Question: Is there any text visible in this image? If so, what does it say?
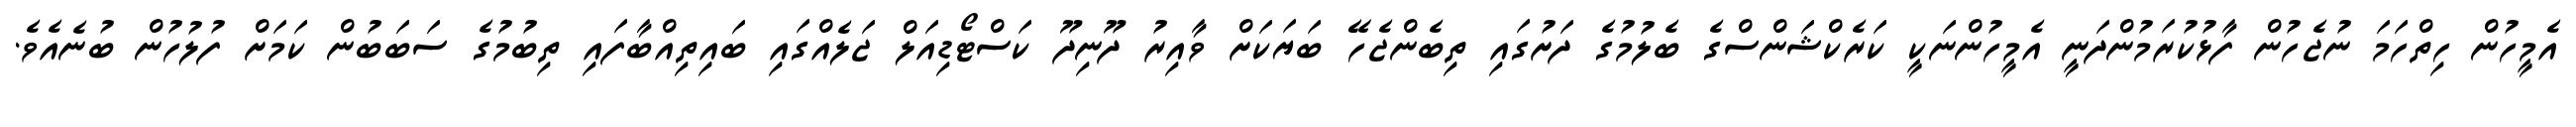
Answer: އެމީހުން ހިތްހަމަ ނުޖެހުން ފާޅުކުރަމުންދަނީ އެމީހުންނަކީ ކަރެކްޝަންސްގެ ބެލުމުގެ ދަށުގައި ތިބެންޖެހޭ ބަޔަކަށް ވާއިރު ދޫނިދޫ ކަސްޓޯޑިއަލް ޖަލެއްގައި ބައިތިއްބާފައި ތިބުމުގެ ސަބަބުން ކަމަށް ފުލުހުން ބުނެއެވެ.